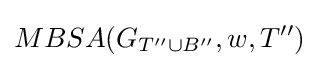
MBSA(G_{T''\cup B''},w,T'')